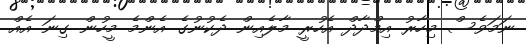
ނަމަވެސް މިހާރު އިމްދާދް އެހުރީ މާލެއިން ދެކުނުގެ އެންމެ މީހުން ގިނަ އެއް